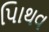
પાિથવ